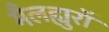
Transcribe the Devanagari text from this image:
मैलह्युरॉ